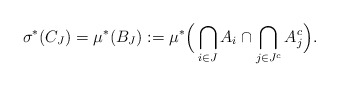
\begin{align*}\sigma^*(C_J) = \mu^*(B_J):= \mu^* \Big( \bigcap_{i\in J} A_i \cap \bigcap_{j\in J^c} A_j^c \Big).\end{align*}